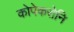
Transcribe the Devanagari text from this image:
कोपेकरोनि